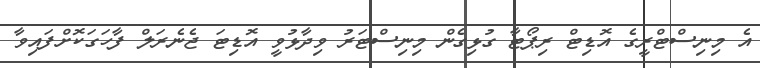
އެ މިނިސްޓްރީގެ އޮޑިޓް ރިޕޯޓާ ގުޅިގެން މިނިސްޓަރު ވިދާޅުވީ އޮޑިޓަ ޖެނެރަލް ފާހަގަކޮށްފައިވާ